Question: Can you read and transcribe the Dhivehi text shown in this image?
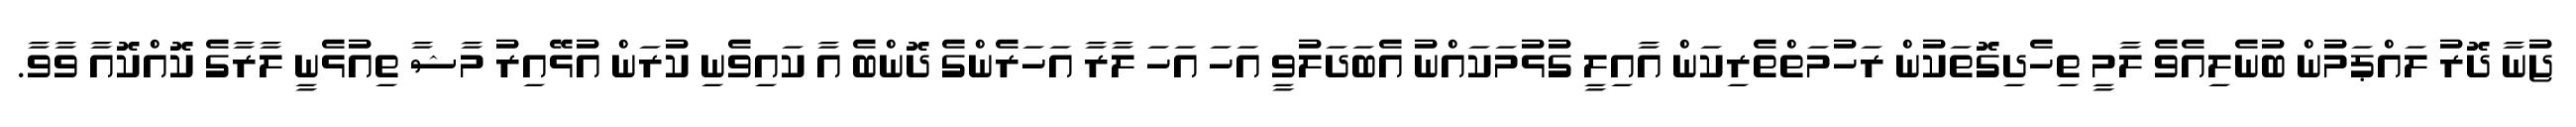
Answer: ޖުނާ ދޮރު ލައްޕަމުން ބުނެލިއެވެ ލާމީ ތިހެދިގޮތަކުން ރަހުމަތްތެރިކަން އާއިލީ ގުޅުމަކައްނު އެބަދަލުވީ އަހަ އަހަ ލާރާ އަހަރެންގެ ދޮންބެ އާ ކައިވެނި ކުރަން އުޅޭއިރު މާޝާ ތިއުޅެނީ ލާރާގެ ކޮއްކޮއާ ވާވާ.